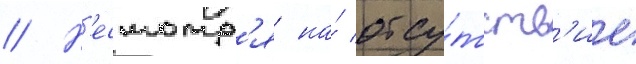
// Н'есмотр'я на́ отсу́тств'ие